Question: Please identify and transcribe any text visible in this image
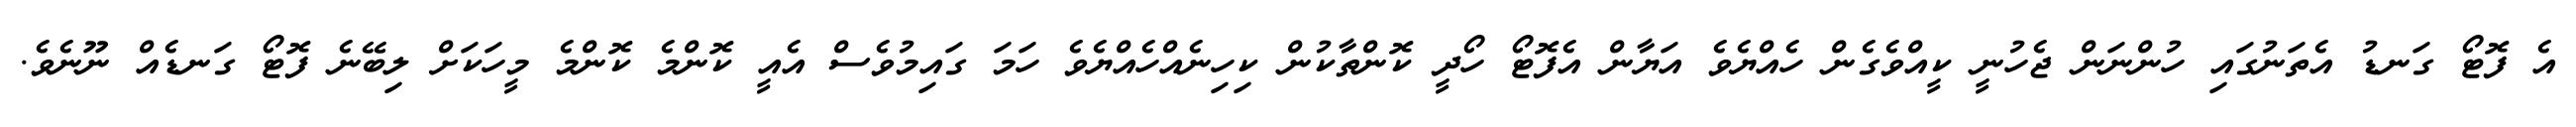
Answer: އެ ފޮޓޯ ގަނޑު އެތަނުގައި ހުންނަން ޖެހުނީ ކީއްވެގެން ހެއްޔެވެ އަޔާން އެފޮޓޯ ހޯދީ ކޮންތާކުން ކިހިނެއްހެއްޔެވެ ހަމަ ގައިމުވެސް އެއީ ކޮންމެ ކޮންމެ މީހަކަށް ލިބޭނެ ފޮޓޯ ގަނޑެއް ނޫނެވެ.